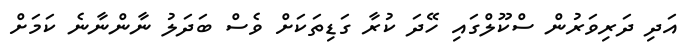
އަދި ދަރިވަރުން ސްކޫލްގައި ހޭދަ ކުރާ ގަޑިތަކަށް ވެސް ބަދަލު ނާންނާނެ ކަމަށް